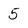
Character: 5